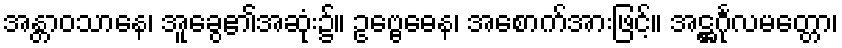
အန္တာဝသာနေ၊ အူခွေ၏အဆုံး၌။ ဥဗ္ဗေဓေန၊ အစောက်အားဖြင့်။ အဋ္ဌင်္ဂုလမတ္တော၊